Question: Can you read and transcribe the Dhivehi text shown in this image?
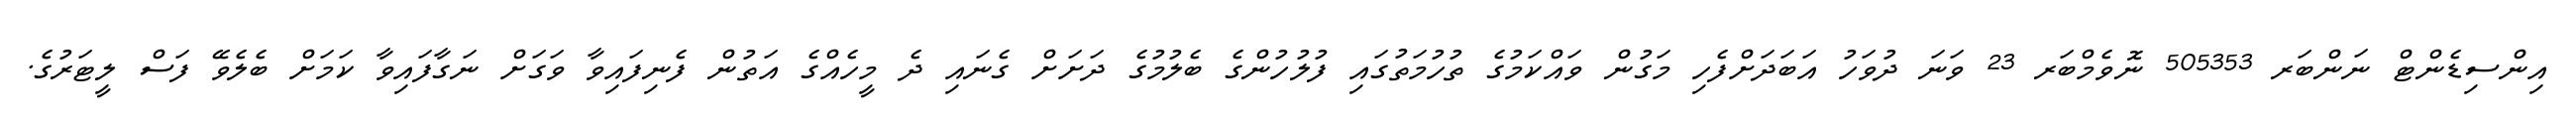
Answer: އިންސިޑެންޓް ނަންބަރ 505353 ނޮވެމްބަރ 23 ވަނަ ދުވަހު އަބަދަށްފެހި މަގުން ވައްކަމުގެ ތުހުމަތުގައި ފުލުހުންގެ ބެލުމުގެ ދަށަށް ގެނައި ދެ މީހެއްގެ އަތުން ފެނިފައިވާ ވަގަށް ނަގާފައިވާ ކަމަށް ބެލެވޭ ފަސް ލީޓަރުގެ.